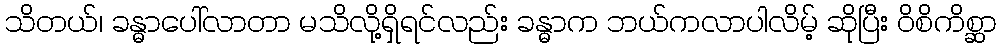
သိတယ်၊ ခန္ဓာပေါ်လာတာ မသိလို့ရှိရင်လည်း ခန္ဓာက ဘယ်ကလာပါလိမ့် ဆိုပြီး ဝိစိကိစ္ဆာ